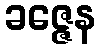
ခဇ္ဇေန